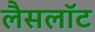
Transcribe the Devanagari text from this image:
लैसलॉट